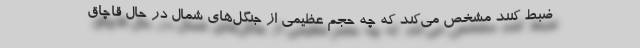
ضبط کنند مشخص می‌کند که چه حجم عظیمی از جنگل‌های شمال در حال قاچاق